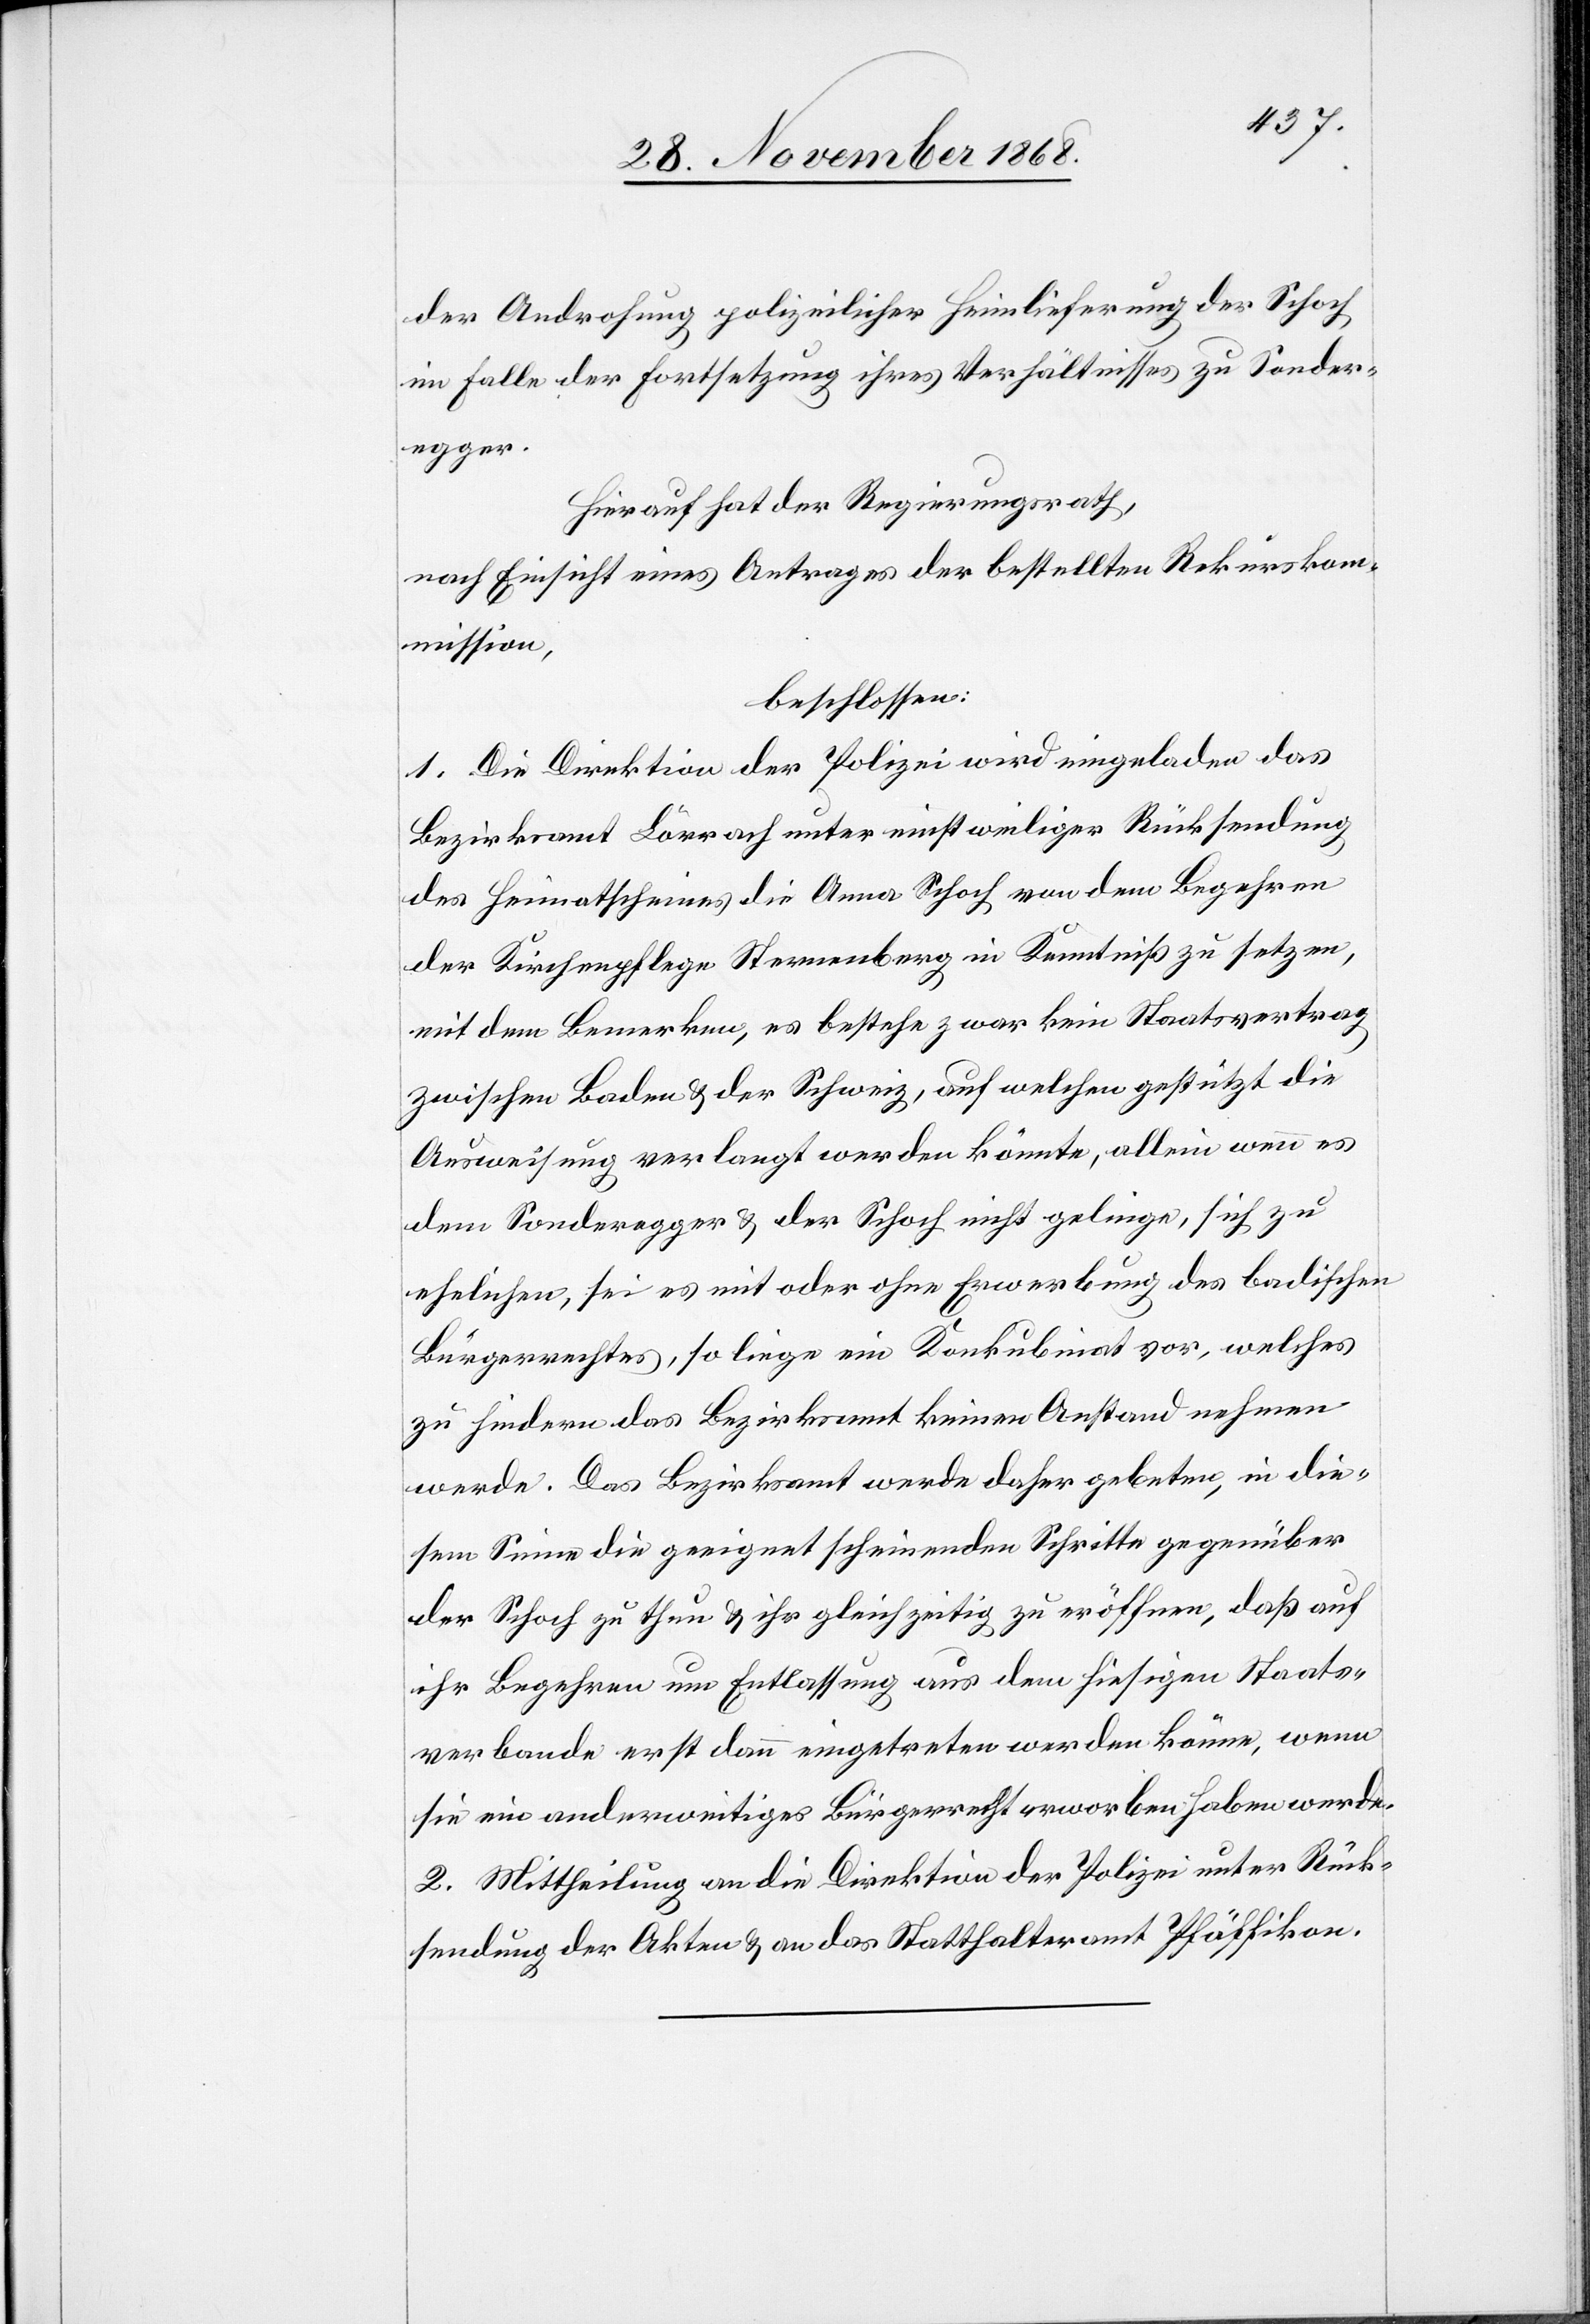
der Androhung polizeilicher Heimlieferung der Schoch
im Falle der Fortsetzung ihres Verhältnisses zu Sonder¬
egger.
Hierauf hat der Regierungsrath,
nach Einsicht eines Antrages der bestellten Rekurskom¬
mission,
beschlossen:
1. Die Direktion der Polizei wird eingeladen das
Bezirksamt Lörrach unter einstweiliger Rücksendung
des Heimatscheines die [?recte: der] Anna Schoch von dem Begehren
der Kirchenpflege Sternenberg in Kenntniß zu setzen,
mit dem Bemerken, es bestehe zwar kein Staatsvertrag
zwischen Baden & der Schweiz, auf welchen gestützt die
Ausweisung verlangt werden könnte, allein wenn es
dem Sonderegger & der Schoch nicht gelinge, sich zu
ehelichen, sei es mit oder ohne Erwerbung des badischen
Bürgerrechtes, so liege ein Konkubinat vor, welches
zu hindern das Bezirksamt keinen Anstand nehmen
werde. Das Bezirksamt werde daher gebeten, in die¬
sem Sinne die geeignet scheinenden Schritte gegenüber
der Schoch zu thun & ihr gleichzeitig zu eröffnen, daß auf
ihr Begehren um Entlassung aus dem hiesigen Staats¬
verbande erst dann eingetreten werden könne, wenn
sie ein anderweitiges Bürgerrecht erworben haben werde.
2. Mittheilung an die Direktion der Polizei unter Rück¬
sendung der Akten & an das Statthalteramt Pfäffikon.